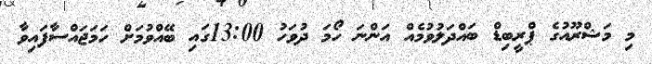
މި މަޝްރޫއުގެ ޕްރީބިޑް ބައްދަލުވުމެއް އަންނަ ހޯމަ ދުވަހު 13:00ގައި ބޭއްވުމަށް ހަމަޖައްސާފައިވާ